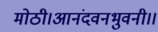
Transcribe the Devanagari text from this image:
मोठी।आनंदवनभुवनी।।